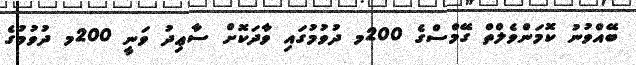
ބޭއްވުނު ކޮމަންވެލްތް ގޭމްސްގެ 200މ ދުވުމުގައި ވާދަކޮށް ސާޢިދު ވަނީ 200މ ދުވުމުގެ